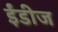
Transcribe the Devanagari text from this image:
ईंडीज